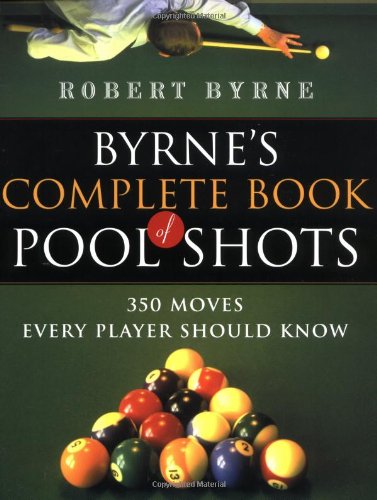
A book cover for Byrne's Complete Book of Pool Shots: 350 Moves Every Player Should Know; Robert Byrne; Sports & Outdoors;